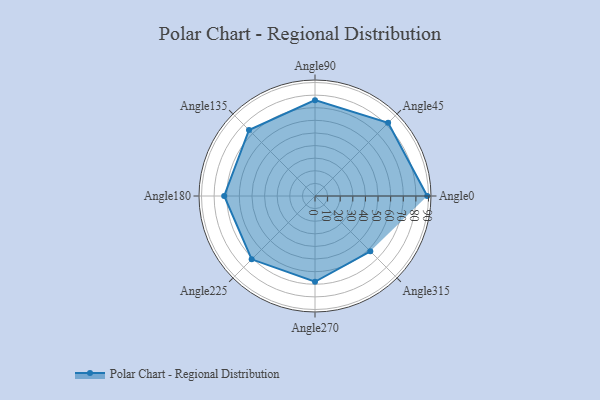
{"axis": {"x": "Angle", "y": "Radius"}, "legend": [""], "data": [{"x": "Angle0", "y": 89.0, "type": ""}, {"x": "Angle45", "y": 82.0, "type": ""}, {"x": "Angle90", "y": 76.0, "type": ""}, {"x": "Angle135", "y": 74.0, "type": ""}, {"x": "Angle180", "y": 72.0, "type": ""}, {"x": "Angle225", "y": 71.0, "type": ""}, {"x": "Angle270", "y": 68.0, "type": ""}, {"x": "Angle315", "y": 62.0, "type": ""}]}